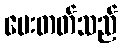
ပေးတတ်သည်